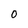
Character: 0